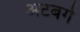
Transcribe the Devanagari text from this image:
अटबर्ग